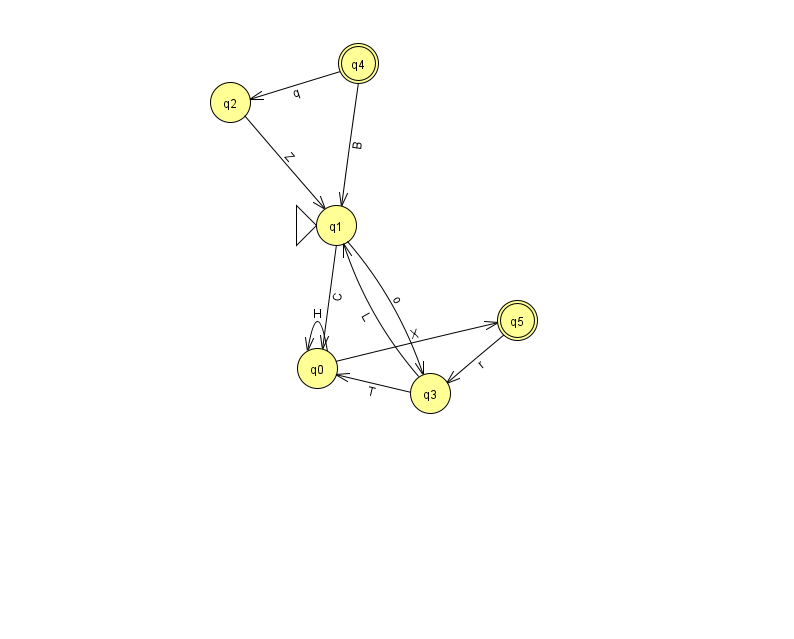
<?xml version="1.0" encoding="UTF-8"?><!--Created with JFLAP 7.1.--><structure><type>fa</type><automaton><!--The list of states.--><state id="0" name="q0"><x>317.0</x><y>355.0</y></state><state id="1" name="q1"><x>336.0</x><y>212.0</y><initial/></state><state id="2" name="q2"><x>230.0</x><y>89.0</y></state><state id="3" name="q3"><x>430.0</x><y>380.0</y></state><state id="4" name="q4"><x>358.0</x><y>50.0</y><final/></state><state id="5" name="q5"><x>517.0</x><y>307.0</y><final/></state><!--The list of transitions.--><transition><from>4</from><to>2</to><read>q</read></transition><transition><from>3</from><to>1</to><read>L</read></transition><transition><from>1</from><to>3</to><read>o</read></transition><transition><from>4</from><to>1</to><read>B</read></transition><transition><from>1</from><to>0</to><read>C</read></transition><transition><from>0</from><to>0</to><read>H</read></transition><transition><from>5</from><to>3</to><read>r</read></transition><transition><from>0</from><to>5</to><read>X</read></transition><transition><from>2</from><to>1</to><read>Z</read></transition><transition><from>3</from><to>0</to><read>T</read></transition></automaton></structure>